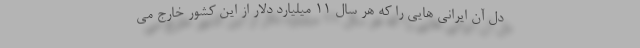
دل آن ایرانی هایی را که هر سال ۱۱ میلیارد دلار از این کشور خارج می